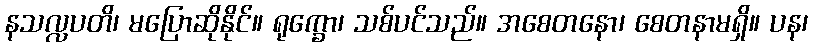
နသလ္လပတိ၊ မပြောဆိုနိုင်။ ရုက္ခော၊ သစ်ပင်သည်။ အစေတနော၊ စေတနာမရှိ။ ပန၊